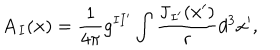
LaTeX: \mathbf { A } _ { I } ( \mathbf { x } ) = \frac { 1 } { 4 \pi } g ^ { I I ^ { \prime } } \int \frac { \mathbf { J } _ { I ^ { \prime } } ( \mathbf { x } ^ { \prime } ) } { r } d ^ { 3 } x ^ { \prime } ,